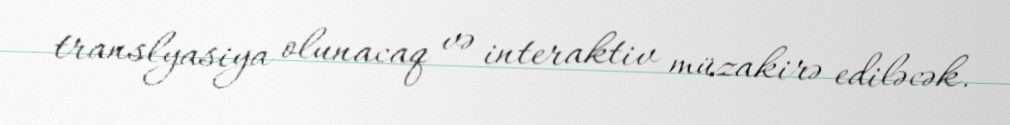
translyasiya olunacaq və interaktiv müzakirə ediləcək.